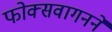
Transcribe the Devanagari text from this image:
फोक्सवागनने